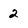
Character: 2